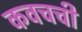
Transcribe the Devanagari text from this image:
कवचची